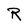
Character: R